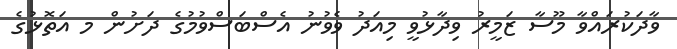
ވާދަކުރައްވާ މޫސާ ޒަމީރު ވިދާޅުވީ މިއަދު ވެވުނު އެސްބަސްވުމުގެ ދަށުން މ އަތޮޅުގެ